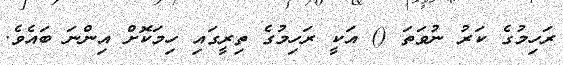
ރަހިމުގެ ކަރު ނުވަތަ () އަކީ ރަހިމުގެ ތިރީގައި ހިމަކޮށް އިންނަ ބައެވެ.